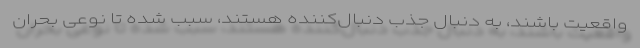
واقعیت باشند، به دنبال جذب دنبال‌کننده هستند، سبب شده تا نوعی بحران